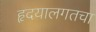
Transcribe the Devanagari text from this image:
हृदयालगतचा